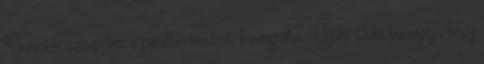
Guinevere szerepében a páratlan rendező-koreográfus, Gyulai Júlia bizonyítja, hogy